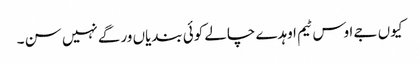
کیوں جے اوس ٹیم اوہدے چالے کوئی بندیاں ورگے نہیں سن ۔